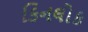
કિનલોક